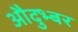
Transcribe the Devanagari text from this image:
औदुभ्बर